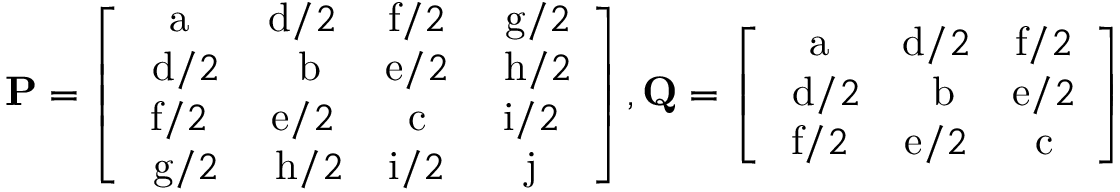
\mathbf { P } = \left[ \begin{array} { c c c c } { \mathrm { a } } & { \mathrm { d } / 2 } & { \mathrm { f } / 2 } & { \mathrm { ~ g } / 2 } \\ { \mathrm { ~ d } / 2 } & { \mathrm { ~ b } } & { \mathrm { e } / 2 } & { \mathrm { ~ h } / 2 } \\ { \mathrm { f } / 2 } & { \mathrm { e } / 2 } & { \mathrm { c } } & { \mathrm { i } / 2 } \\ { \mathrm { ~ g } / 2 } & { \mathrm { ~ h } / 2 } & { \mathrm { i } / 2 } & { \mathrm { j } } \end{array} \right] , \mathbf { Q } = \left[ \begin{array} { c c c } { \mathrm { a } } & { \mathrm { d } / 2 } & { \mathrm { f } / 2 } \\ { \mathrm { ~ d } / 2 } & { \mathrm { ~ b } } & { \mathrm { e } / 2 } \\ { \mathrm { f } / 2 } & { \mathrm { e } / 2 } & { \mathrm { c } } \end{array} \right]